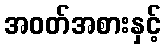
အဝတ်အစားနှင့်